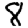
Digit: 8